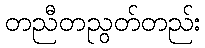
တညီတညွတ်တည်း